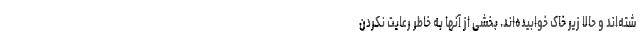
شته‌اند و حالا زیر خاک خوابیده‌اند. بخشی از آنها به خاطر رعایت نکردن